Schemes for the provision of education (Education (Scotland) Act, 1918, section 6), 1918
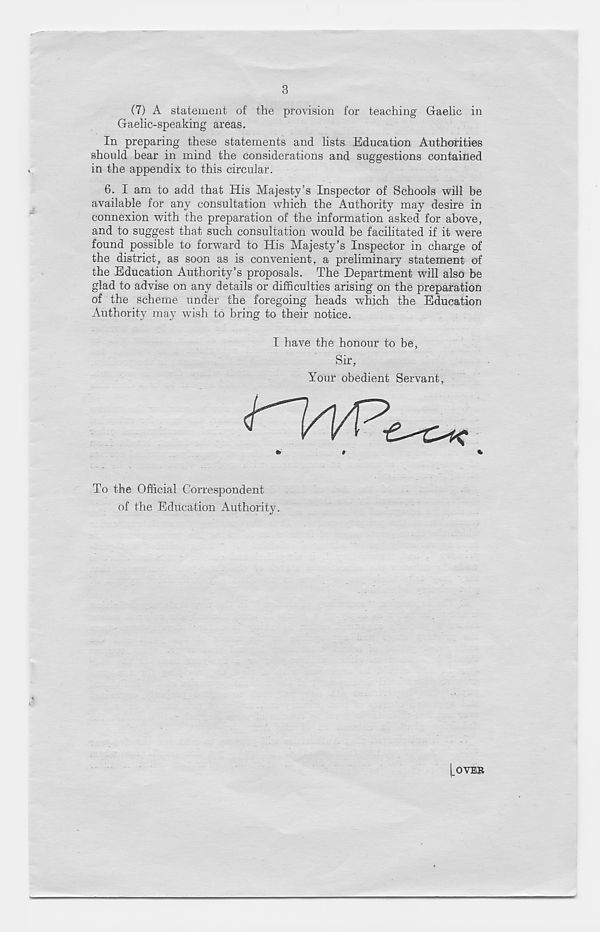
3
(7) A statement of the provision for teaching Gaelic in
Gaelic-speaking areas.
In preparing these statements and lists Education Authorities
should bear in mind the considerations and suggestions contained
in the appendix to this circular.
6. I am to add that His Majesty’s Inspector of Schools will be
available for any consultation which the Authority may desire in
connexion with the preparation of the information asked for above,
and to suggest that such consultation would be facilitated if it were
found possible to forward to His Majesty’s Inspector in charge of
the district, as soon as is convenient, a preliminary statement of
the Education Authority’s proposals. The Department will also be
glad to advise on any details or difficulties arising on the preparation
of the scheme under the foregoing heads which the Education
Authority may wish to bring to their notice.
I have the honour to be,
Sir,
Your obedient Servant,
To the Official Correspondent
of the Education Authority.
[OVER